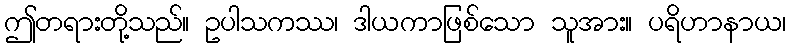
ဤတရားတို့သည်။ ဥပါသကဿ၊ ဒါယကာဖြစ်သော သူအား။ ပရိဟာနာယ၊